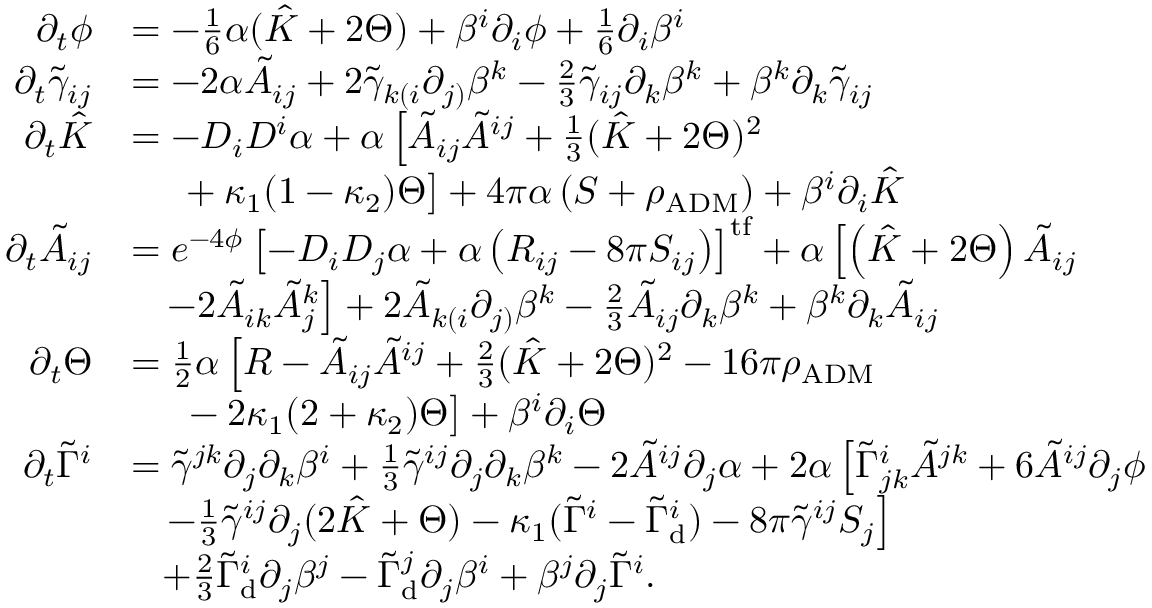
\begin{array} { r l } { \partial _ { t } \phi } & { = - \frac { 1 } { 6 } \alpha ( \hat { K } + 2 \Theta ) + \beta ^ { i } \partial _ { i } \phi + \frac { 1 } { 6 } \partial _ { i } \beta ^ { i } } \\ { \partial _ { t } \tilde { \gamma } _ { i j } } & { = - 2 \alpha \tilde { A } _ { i j } + 2 \tilde { \gamma } _ { k ( i } \partial _ { j ) } \beta ^ { k } - \frac { 2 } { 3 } \tilde { \gamma } _ { i j } \partial _ { k } \beta ^ { k } + \beta ^ { k } \partial _ { k } \tilde { \gamma } _ { i j } } \\ { \partial _ { t } \hat { K } } & { = - D _ { i } D ^ { i } \alpha + \alpha \left[ \tilde { A } _ { i j } \tilde { A } ^ { i j } + \frac { 1 } { 3 } ( \hat { K } + 2 \Theta ) ^ { 2 } \right. } \\ & { \; \; \; \; \left. \vphantom { \frac { 0 } { 0 } } + \kappa _ { 1 } ( 1 - \kappa _ { 2 } ) \Theta \right] + 4 \pi \alpha \left( S + \rho _ { \mathrm { A D M } } \right) + \beta ^ { i } \partial _ { i } \hat { K } } \\ { \partial _ { t } \tilde { A } _ { i j } } & { = e ^ { - 4 \phi } \left[ - D _ { i } D _ { j } \alpha + \alpha \left( R _ { i j } - 8 \pi S _ { i j } \right) \right] ^ { \mathrm { t f } } + \alpha \left[ \left( \hat { K } + 2 \Theta \right) \tilde { A } _ { i j } \right. } \\ & { \left. \; \; \; - 2 \tilde { A } _ { i k } \tilde { A } _ { j } ^ { k } \right] + 2 \tilde { A } _ { k ( i } \partial _ { j ) } \beta ^ { k } - \frac { 2 } { 3 } \tilde { A } _ { i j } \partial _ { k } \beta ^ { k } + \beta ^ { k } \partial _ { k } \tilde { A } _ { i j } } \\ { \partial _ { t } \Theta } & { = \frac { 1 } { 2 } \alpha \left[ R - \tilde { A } _ { i j } \tilde { A } ^ { i j } + \frac { 2 } { 3 } ( \hat { K } + 2 \Theta ) ^ { 2 } - 1 6 \pi \rho _ { \mathrm { A D M } } \right. } \\ & { \left. \phantom { \frac { 0 } { 0 } } \; \; - 2 \kappa _ { 1 } ( 2 + \kappa _ { 2 } ) \Theta \right] + \beta ^ { i } \partial _ { i } \Theta } \\ { \partial _ { t } \tilde { \Gamma } ^ { i } } & { = \tilde { \gamma } ^ { j k } \partial _ { j } \partial _ { k } \beta ^ { i } + \frac { 1 } { 3 } \tilde { \gamma } ^ { i j } \partial _ { j } \partial _ { k } \beta ^ { k } - 2 \tilde { A } ^ { i j } \partial _ { j } \alpha + 2 \alpha \left[ \tilde { \Gamma } _ { j k } ^ { i } \tilde { A } ^ { j k } + 6 \tilde { A } ^ { i j } \partial _ { j } \phi \phantom { \frac { 0 } { 0 } } \right. } \\ & { \left. \; \; \; - \frac { 1 } { 3 } \tilde { \gamma } ^ { i j } \partial _ { j } ( 2 \hat { K } + \Theta ) - \kappa _ { 1 } ( \tilde { \Gamma } ^ { i } - \tilde { \Gamma } _ { \mathrm { d } } ^ { i } ) - 8 \pi \tilde { \gamma } ^ { i j } S _ { j } \right] } \\ & { \; \; \; + \frac { 2 } { 3 } \tilde { \Gamma } _ { \mathrm { d } } ^ { i } \partial _ { j } \beta ^ { j } - \tilde { \Gamma } _ { \mathrm { d } } ^ { j } \partial _ { j } \beta ^ { i } + \beta ^ { j } \partial _ { j } \tilde { \Gamma } ^ { i } . } \end{array}